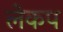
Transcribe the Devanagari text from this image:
लेकप